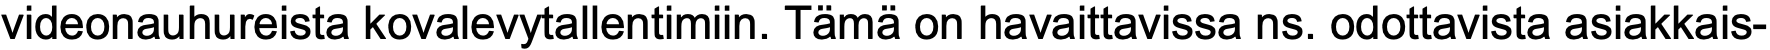
videonauhureista kovalevytallentimiin. Tämä on havaittavissa ns. odottavista asiakkais-